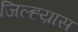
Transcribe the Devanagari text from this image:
जिल्ह्य़ास